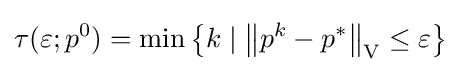
\tau (\varepsilon ;p^{0})=\min \left\{k\mid \left\|p^{k}-p^{*}\right\|_{\mathrm {V} }\leq \varepsilon \right\}